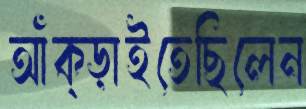
আঁক্‌ড়াইতেছিলেন